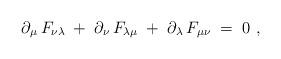
LaTeX: \begin{align*}\partial_\mu\,F_{\nu\lambda}\;+\;\partial_\nu\,F_{\lambda\mu}\;+\;\partial_\lambda\,F_{\mu\nu} \;=\; 0~,\end{align*}